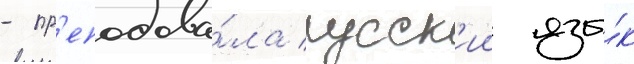
- пр'еподава́ла русск'ии язы́к